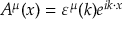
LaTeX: A ^ { \mu } ( x ) = \varepsilon ^ { \mu } ( k ) e ^ { i k \cdot x }